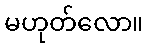
မဟုတ်လော။